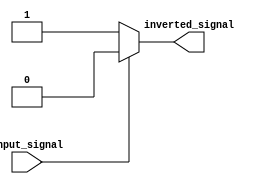
module inverter(
    input wire input_signal,
    output reg inverted_signal
);

always @(input_signal)
begin
    if(input_signal)
        inverted_signal <= 1'b0;
    else
        inverted_signal <= 1'b1;
end

endmodule